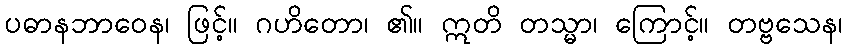
ပဓာနဘာဝေန၊ ဖြင့်။ ဂဟိတော၊ ၏။ ဣတိ တသ္မာ၊ ကြောင့်။ တဗ္ဗသေန၊